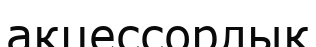
акцессорлық